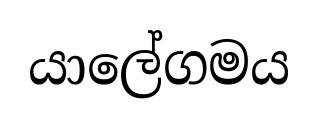
යාලේගමය